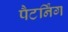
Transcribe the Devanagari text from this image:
पैटर्निंग